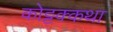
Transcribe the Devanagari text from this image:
कोट्टक्कथा